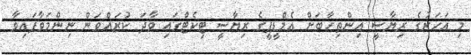
މި އަހަރުގެ ރިޔާސީ އިންތިހާބަށް އެމްޑީޕީގެ ރިޔާސީ ޓިކެޓްގައި ވާދަ ކުރައްވަން ނިންމަވާފައިވާ